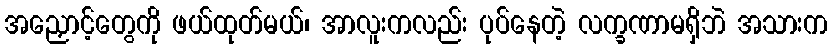
အညှောင့်တွေကို ဖယ်ထုတ်မယ်၊ အာလူးကလည်း ပုပ်နေတဲ့ လက္ခဏာမရှိဘဲ အသားက